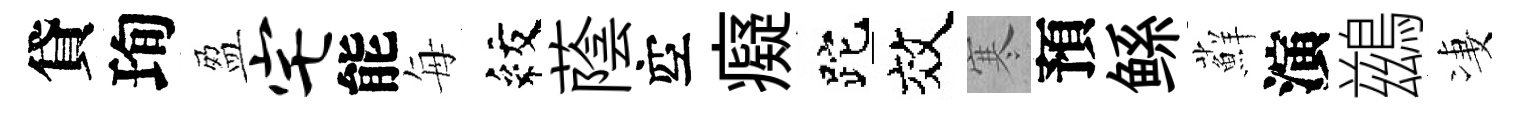
貸珣盈宅能每紋蔭空癡跎效寒預鲧蘚演鷀凄